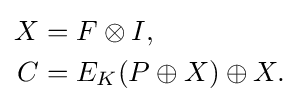
{\begin{aligned}X&=F\otimes I,\\C&=E_{K}(P\oplus X)\oplus X.\end{aligned}}